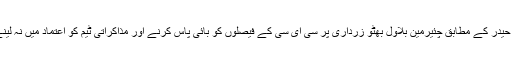
پی پی رہنماء سینیٹر کرار حیدر کے مطابق چئیرمین بلاول بھٹو زرداری پر سی ای سی کے فیصلوں کو بائی پاس کرنے اور مذاکراتی ٹیم کو اعتماد میں نہ لینے کا الزام درست نہیں ہے۔